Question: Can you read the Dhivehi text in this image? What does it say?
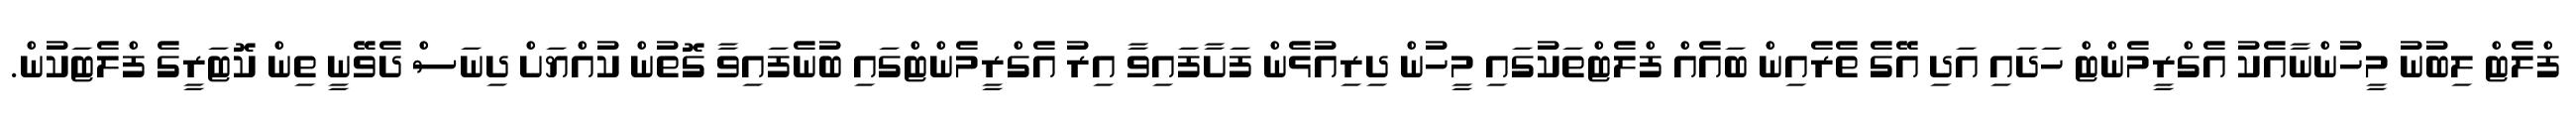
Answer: ފްލެޓް ލިބުނު މީހުންނާއެކު އެގްރީމެންޓް ހަދައި އަދި އޭގެ ތެރެއިން ބައެއް ފްލެޓްތަކުގައި މީހުން ދިރިއުޅެން ފަށާފައިވާ އިރު އެގްރީމެންޓްގައި ބުނެފައިވާ ގޮތުން ކުއްޔަށް ދިނަސް ދެވޭނީ ތިން ކޮޓަރީގެ ފްލެޓަކުން.